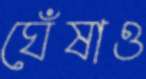
ঘেঁষাও